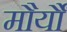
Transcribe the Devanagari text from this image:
मौर्यौं